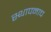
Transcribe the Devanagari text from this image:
स्थापनाच